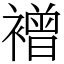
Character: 䙢